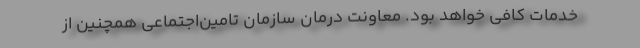
خدمات کافی خواهد بود. معاونت درمان سازمان تامین‌اجتماعی همچنین از